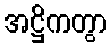
အဋ္ဌိကတွာ